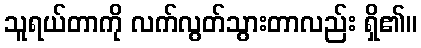
သူရယ်တာကို လက်လွတ်သွားတာလည်း ရှိ၏။